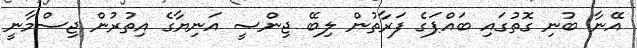
އޭނާ ބުނި ގޮތުގައި ބައްޕަގެ ފަރާތުން ލިބޭ ޖިންސީ އަނިޔާގެ އިތުރުން ޖިސްމާނީ